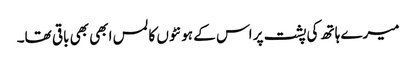
میرے ہاتھ کی پشت پر اس کے ہونٹوں کا لمس ابھی بھی باقی تھا۔